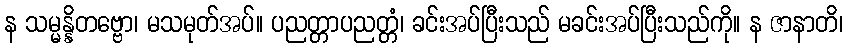
န သမ္မန္နိတဗ္ဗော၊ မသမုတ်အပ်။ ပညတ္တာပညတ္တံ၊ ခင်းအပ်ပြီးသည် မခင်းအပ်ပြီးသည်ကို။ န ဇာနာတိ၊